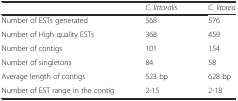
<table><thead><tr><td></td><td><b><i>C. littoralis</i></b></td><td><b><i>C. litorea</i></b></td></tr></thead><tbody><tr><td>Number of ESTs generated</td><td>568</td><td>576</td></tr><tr><td>Number of High quality ESTs</td><td>368</td><td>459</td></tr><tr><td>Number of contigs</td><td>101</td><td>154</td></tr><tr><td>Number of singletons</td><td>84</td><td>58</td></tr><tr><td>Average length of contigs</td><td>523 bp</td><td>628 bp</td></tr><tr><td>Number of EST range in the contig</td><td>2-15</td><td>2-18</td></tr></tbody></table>